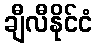
ချီလီနိုင်ငံ